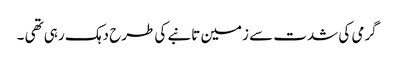
گرمی کی شدت سے زمین تانبے کی طرح دہک رہی تھی ۔